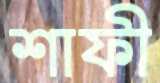
শাফী